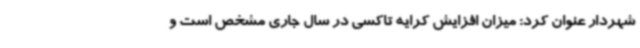
شهردار عنوان کرد: میزان افزایش کرایه تاکسی در سال جاری مشخص است و